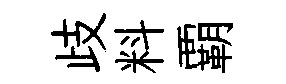
歧料覇